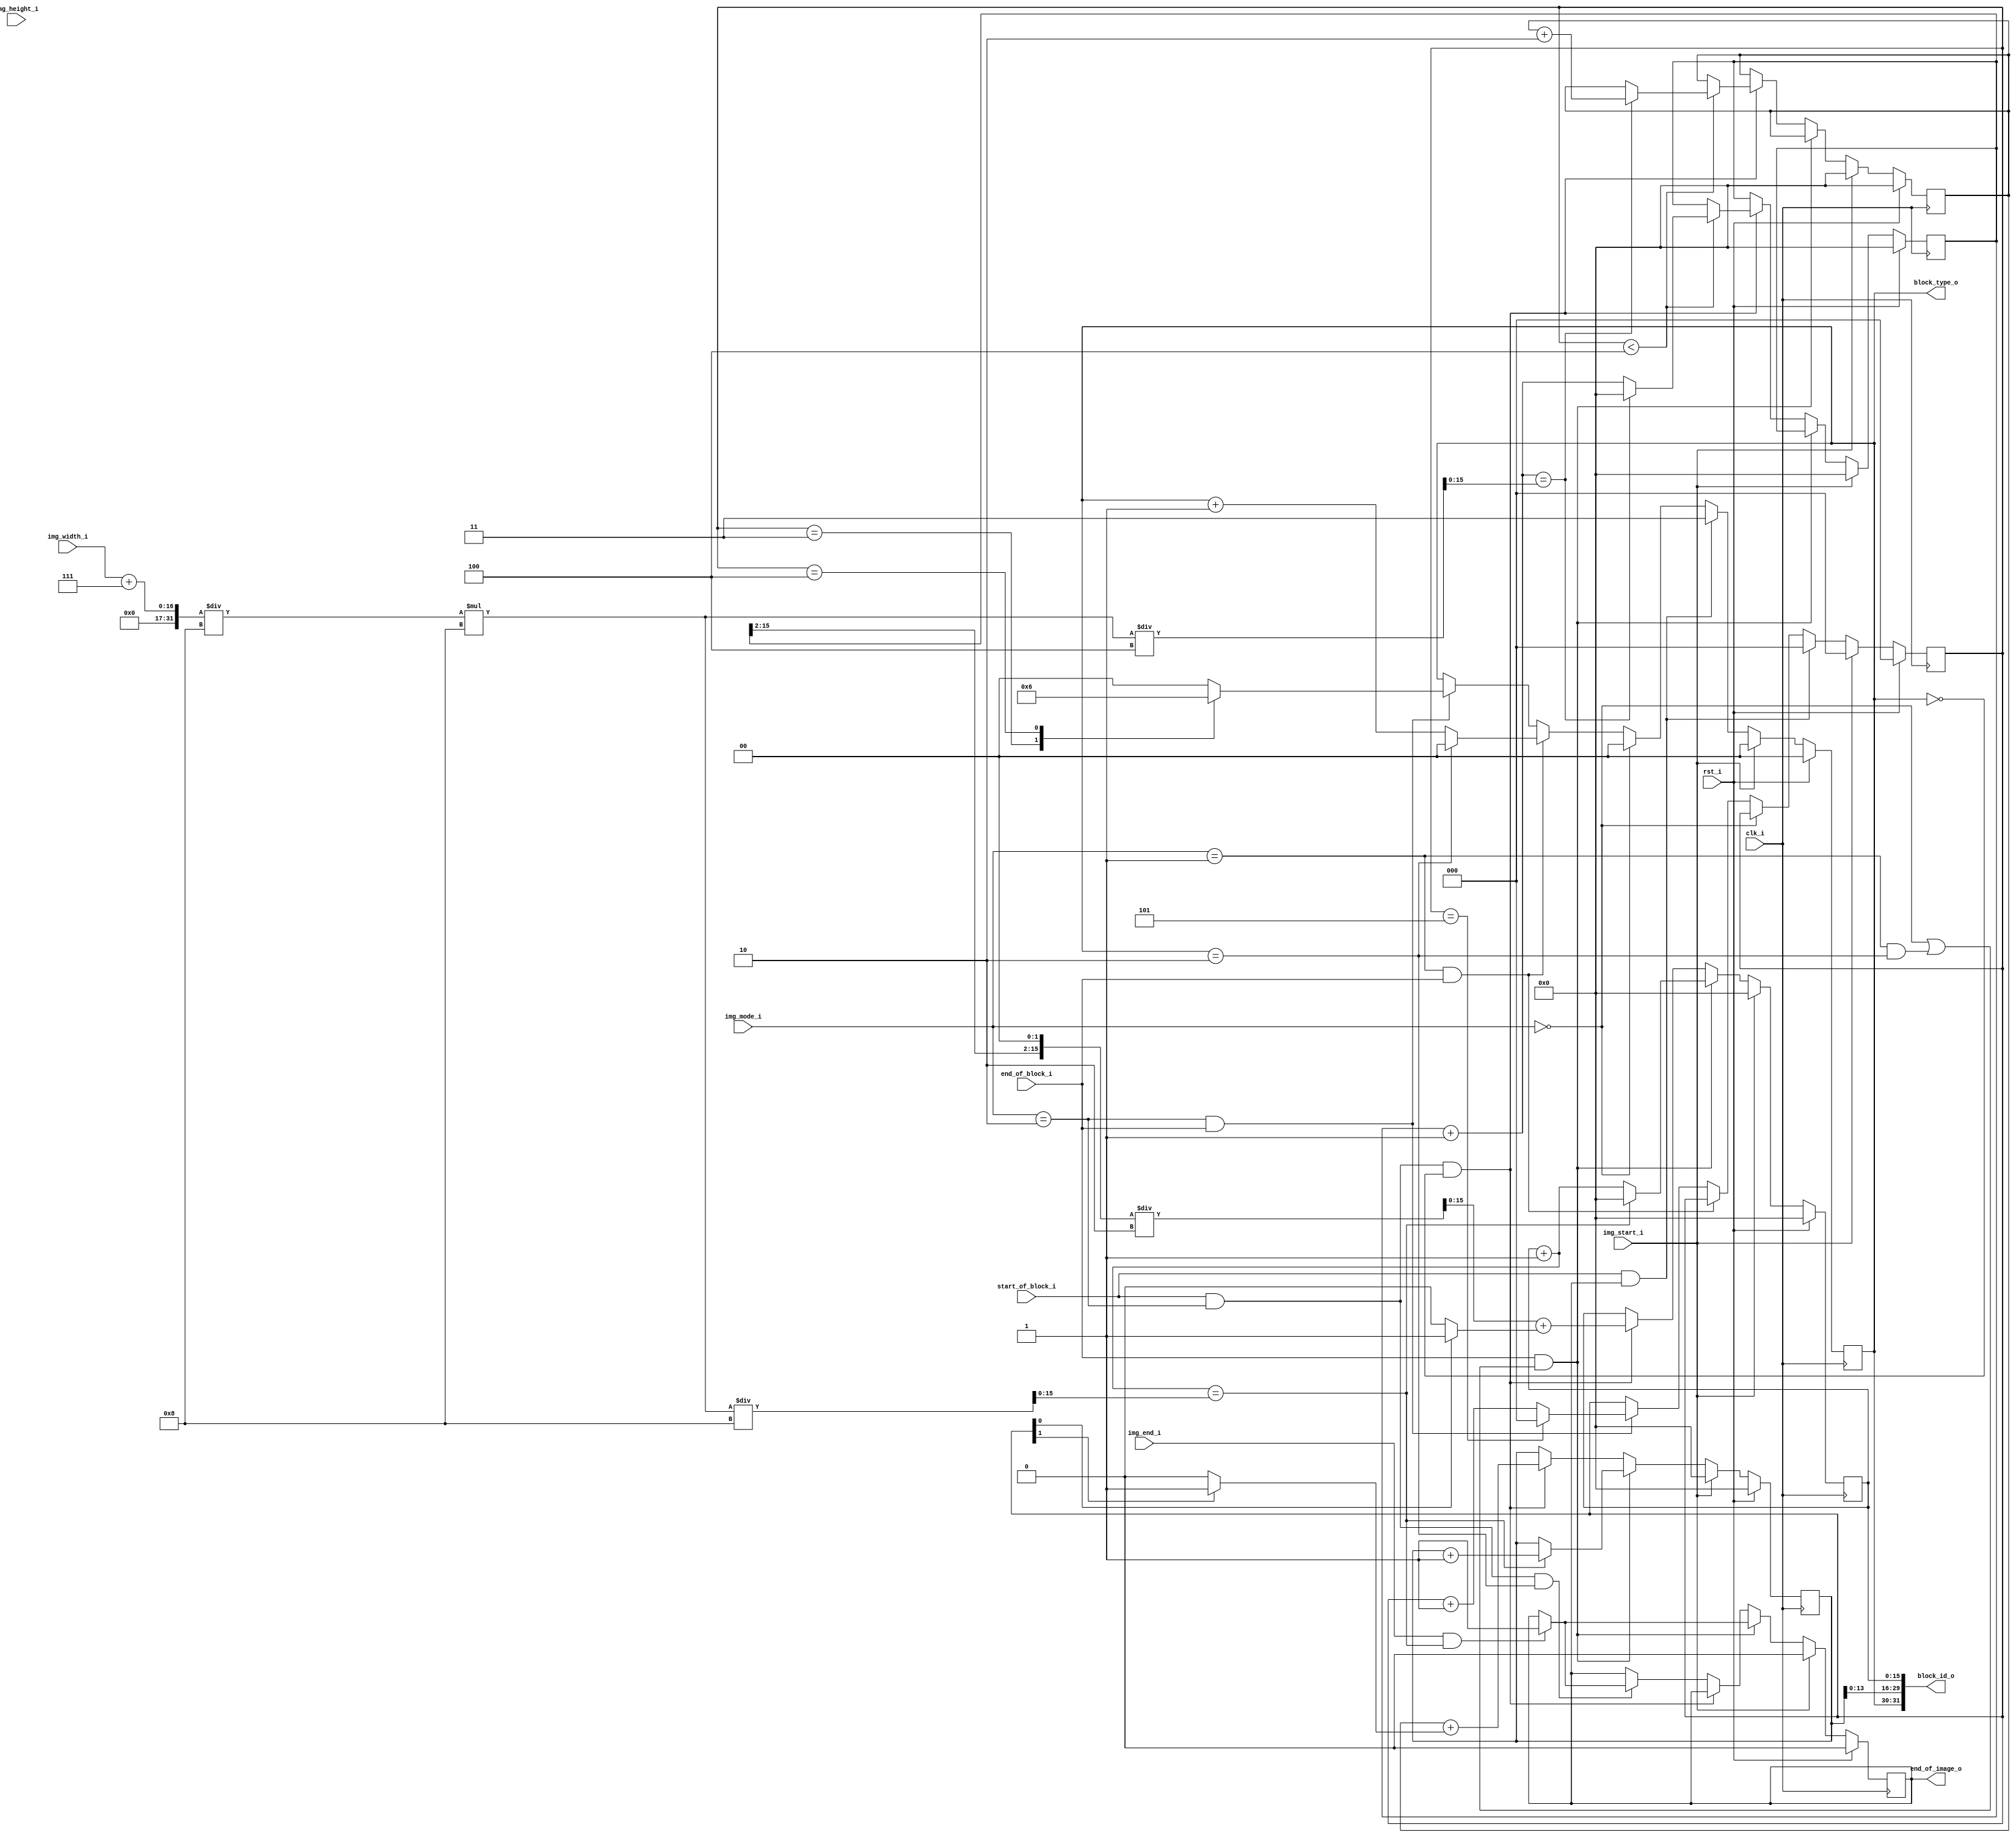
// This program was cloned from: https://github.com/ultraembedded/core_jpeg
// License: Apache License 2.0

//-----------------------------------------------------------------
//                      Baseline JPEG Decoder
//                             V0.1
//                       Ultra-Embedded.com
//                        Copyright 2020
//
//                   admin@ultra-embedded.com
//-----------------------------------------------------------------
//                      License: Apache 2.0
// This IP can be freely used in commercial projects, however you may
// want access to unreleased materials such as verification environments,
// or test vectors, as well as changes to the IP for integration purposes.
// If this is the case, contact the above address.
// I am interested to hear how and where this IP is used, so please get
// in touch!
//-----------------------------------------------------------------
// Copyright 2020 Ultra-Embedded.com
// 
// Licensed under the Apache License, Version 2.0 (the "License");
// you may not use this file except in compliance with the License.
// You may obtain a copy of the License at
// 
//     http://www.apache.org/licenses/LICENSE-2.0
// 
// Unless required by applicable law or agreed to in writing, software
// distributed under the License is distributed on an "AS IS" BASIS,
// WITHOUT WARRANTIES OR CONDITIONS OF ANY KIND, either express or implied.
// See the License for the specific language governing permissions and
// limitations under the License.
//-----------------------------------------------------------------

module jpeg_mcu_id
(
    // Inputs
     input           clk_i
    ,input           rst_i
    ,input           img_start_i
    ,input           img_end_i
    ,input  [ 15:0]  img_width_i
    ,input  [ 15:0]  img_height_i
    ,input  [  1:0]  img_mode_i
    ,input           start_of_block_i
    ,input           end_of_block_i

    // Outputs
    ,output [ 31:0]  block_id_o
    ,output [  1:0]  block_type_o
    ,output          end_of_image_o
);



//-----------------------------------------------------------------
// Block Type (Y, Cb, Cr)
//-----------------------------------------------------------------
localparam JPEG_MONOCHROME  = 2'd0;
localparam JPEG_YCBCR_444   = 2'd1;
localparam JPEG_YCBCR_420   = 2'd2;
localparam JPEG_UNSUPPORTED = 2'd3;

localparam BLOCK_Y          = 2'd0;
localparam BLOCK_CB         = 2'd1;
localparam BLOCK_CR         = 2'd2;
localparam BLOCK_EOF        = 2'd3;

reg [1:0] block_type_q;
reg [2:0] type_idx_q;

always @ (posedge clk_i )
if (rst_i)
begin
    block_type_q <= BLOCK_Y;
    type_idx_q   <= 3'd0;
end
else if (img_start_i)
begin
    block_type_q <= BLOCK_Y;
    type_idx_q   <= 3'd0;
end
else if (start_of_block_i && end_of_image_o)
begin
    block_type_q <= BLOCK_EOF;
    type_idx_q   <= 3'd0;
end
else if (img_mode_i == JPEG_MONOCHROME)
    block_type_q <= BLOCK_Y;
else if (img_mode_i == JPEG_YCBCR_444 && end_of_block_i)
begin
    if (block_type_q == BLOCK_CR)
        block_type_q <= BLOCK_Y;
    else
        block_type_q <= block_type_q + 2'd1;
end
else if (img_mode_i == JPEG_YCBCR_420 && end_of_block_i)
begin
    type_idx_q <= type_idx_q + 3'd1;

    case (type_idx_q)
    default:
        block_type_q <= BLOCK_Y;
    3'd3:
        block_type_q <= BLOCK_CB;
    3'd4:
        block_type_q <= BLOCK_CR;
    3'd5:
    begin
        block_type_q <= BLOCK_Y;
        type_idx_q   <= 3'd0;
    end
    endcase
end

//-----------------------------------------------------------------
// Block index
//-----------------------------------------------------------------
wire [15:0] width_rnd_w   = ((img_width_i+7) / 8) * 8;
wire [15:0] block_x_max_w = width_rnd_w / 8;
wire [15:0] img_w_div4_w  = width_rnd_w / 4;

reg  [15:0] block_x_q;
reg  [15:0] block_y_q;

reg  [15:0] x_idx_q;
reg  [15:0] y_idx_q;

wire [15:0] block_x_next_w = block_x_q + 16'd1;

reg         end_of_image_q;

always @ (posedge clk_i )
if (rst_i)
begin
    block_x_q      <= 16'b0;
    block_y_q      <= 16'b0;
    x_idx_q        <= 16'b0;
    y_idx_q        <= 16'b0;
    end_of_image_q <= 1'b0;
end
else if (img_start_i)
begin
    block_x_q      <= 16'b0;
    block_y_q      <= 16'b0;
    x_idx_q        <= 16'b0;
    y_idx_q        <= 16'b0;
    end_of_image_q <= 1'b0;
end
else if (end_of_block_i && ((img_mode_i == JPEG_MONOCHROME) || (img_mode_i == JPEG_YCBCR_444 && block_type_q == BLOCK_CR)))
begin
    if (block_x_next_w == block_x_max_w)
    begin
        block_x_q <= 16'b0;
        block_y_q <= block_y_q + 16'd1;
    end
    else
        block_x_q <= block_x_next_w;

    if (img_end_i && block_x_next_w == block_x_max_w)
        end_of_image_q <= 1'b1;
end
else if (start_of_block_i && img_mode_i == JPEG_YCBCR_420 && block_type_q == BLOCK_Y)
begin
    block_x_q <= ({x_idx_q[15:2], 2'b0} / 2) + (type_idx_q[0] ? 16'd1 : 16'd0);
    block_y_q <= y_idx_q + (type_idx_q[1] ? 16'd1 : 16'd0);

    // Y component
    if (type_idx_q < 3'd4)
    begin
        if ((x_idx_q + 16'd1) == img_w_div4_w)
        begin
            x_idx_q <= 16'd0;
            y_idx_q <= y_idx_q + 16'd2;
        end
        else
            x_idx_q <= x_idx_q + 16'd1;
    end
end
else if (start_of_block_i && img_mode_i == JPEG_YCBCR_420 && block_type_q == BLOCK_CR)
begin
    if (img_end_i && block_x_next_w == block_x_max_w)
        end_of_image_q <= 1'b1;
end

//-----------------------------------------------------------------
// Outputs
//-----------------------------------------------------------------
// Block ID (type=y|cb|cr, y pos, x pos)
assign block_id_o     = {block_type_q, block_y_q[13:0], block_x_q};
assign block_type_o   = block_type_q;

// End of image detection
assign end_of_image_o = end_of_image_q;


endmodule